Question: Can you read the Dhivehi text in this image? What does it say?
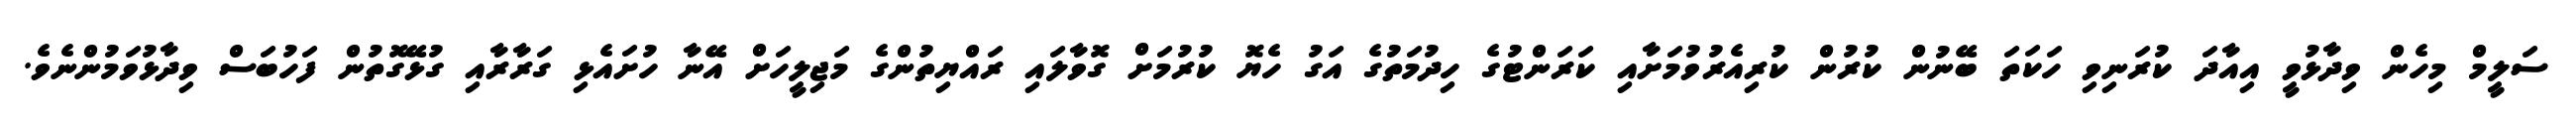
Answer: ސަލީމް މިހެން ވިދާޅުވީ އިއާދަ ކުރަނިވި ހަކަތަ ބޭނުން ކުރުން ކުރިއެރުވުމަށާއި ކަރަންޓުގެ ހިދުމަތުގެ އަގު ހެޔޮ ކުރުމަށް ގޮވާލައި ރައްޔިތުންގެ މަޖިލީހަށް އޭނާ ހުށައެޅި ގަރާރާއި ގުޅޭގޮތުން ފަހުބަސް ވިދާޅުވަމުންނެވެ.